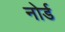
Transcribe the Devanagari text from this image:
नोर्ड